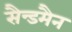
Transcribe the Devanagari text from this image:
सैन्डमैन